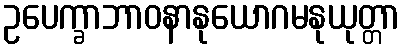
ဥပေက္ခာဘာဝနာနုယောဂမနုယုတ္တာ